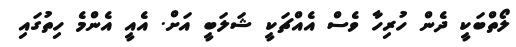
ލޯތްބަކީ ދެން ހުރިހާ ވެސް އެއްޗަކީ ޝަލަބީ އަށް. އެއީ އެންމެ ހިތުގައި